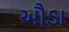
ઔડા